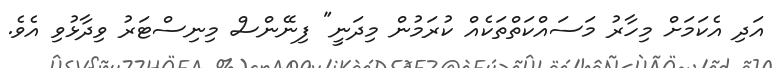
އަދި އެކަމަށް މިހާރު މަސައްކަތްތަކެއް ކުރަމުން މިދަނީ" ފިނޭންސް މިނިސްޓަރު ވިދާޅުވި އެވެ.